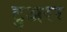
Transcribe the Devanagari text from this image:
टुअरर